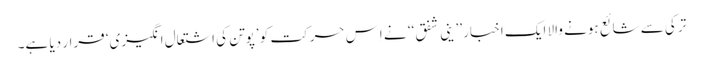
ترکی سے شائع ہونے والا ایک اخبار ’’ ینی شفق‘‘ نے اِس حرکت کو ’پوتن کی اشتعال انگیزی‘ قرار دیا ہے۔